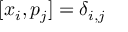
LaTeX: [ x _ { i } , p _ { j } ] = \delta _ { i , j }